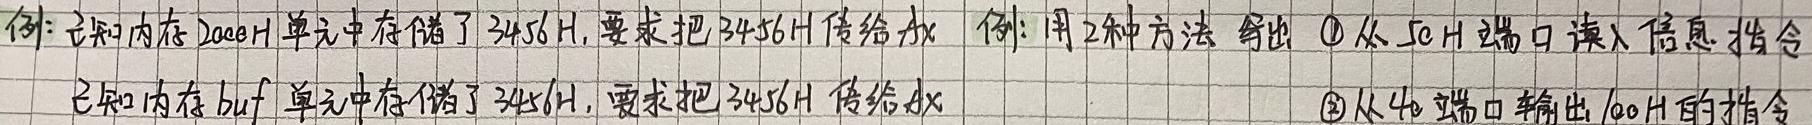
例：已知内存 20ceH 单元中存储了 3456H，要求把 3456H 传给 ax
已知内存 buf 单元中存储了 3456H，要求把 3456H 传给 ax
例：用 2 种方法 写出 \textcircled{1}从 5cH 端口读入信息 指令
\textcircled{2}从 40 端口输出 100H 的指令